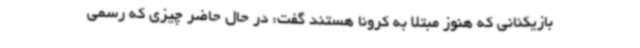
بازیکنانی که هنوز مبتلا به کرونا هستند گفت: در حال حاضر چیزی که رسمی